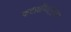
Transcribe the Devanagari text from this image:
कटाक्षयितुभुपक्रमः